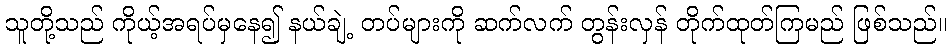
သူတို့သည် ကိုယ့်အရပ်မှနေ၍ နယ်ချဲ့ တပ်များကို ဆက်လက် တွန်းလှန် တိုက်ထုတ်ကြမည် ဖြစ်သည်။